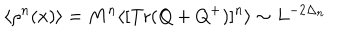
\langle \rho ^ { n } ( x ) \rangle = M ^ { n } \langle [ \mathrm { T r } ( Q + Q ^ { + } ) ] ^ { n } \rangle \sim L ^ { - 2 \Delta _ { n } }